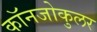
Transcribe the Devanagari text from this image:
कॉनजोकुलर